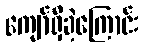
ကျော်ရှိခဲ့ကြောင်း